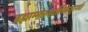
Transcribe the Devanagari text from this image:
ब्रह्माम्भोरुहरश्मिकेतुरनघो